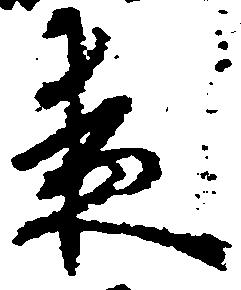
夜